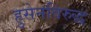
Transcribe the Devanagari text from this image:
हुसेनविरुद्ध